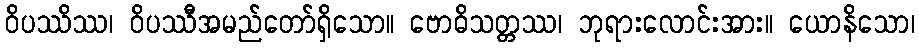
ဝိပဿိဿ၊ ဝိပဿီအမည်တော်ရှိသော။ ဗောဓိသတ္တဿ၊ ဘုရားလောင်းအား။ ယောနိသော၊